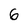
Character: 6